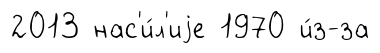
2013 нас'и́л'иjе 1970 и́з-за